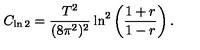
C _ { \ln 2 } = \frac { T ^ { 2 } } { ( 8 \pi ^ { 2 } ) ^ { 2 } } \ln ^ { 2 } \left( \frac { 1 + r } { 1 - r } \right) .